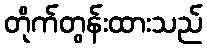
တိုက်တွန်းထားသည်